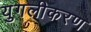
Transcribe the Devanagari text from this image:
युगलीकरण